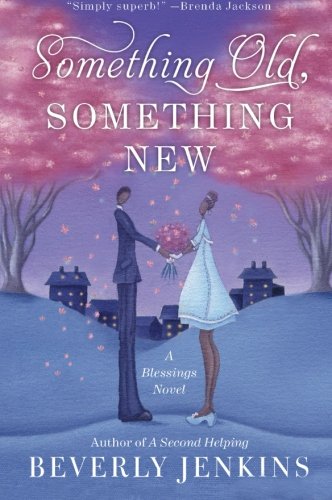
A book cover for Something Old, Something New: A Blessings Novel (Blessings Series); Beverly Jenkins; Romance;